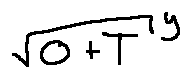
\sqrt { o + T } ^ { y }